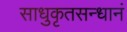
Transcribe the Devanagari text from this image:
साधुकृतसन्धानं